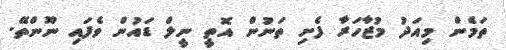
ތަމެން މިއަދު މުޒާހަރާ ފެށި ތަނުން އޮތީ ނީލް ޑައުން ވެފައި ނޫންތޭ.